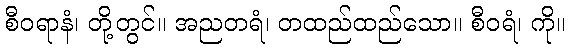
စီဝရာနံ၊ တို့တွင်။ အညတရံ၊ တထည်ထည်သော။ စီဝရံ၊ ကို။